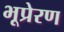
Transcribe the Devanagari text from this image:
भूप्रेरण